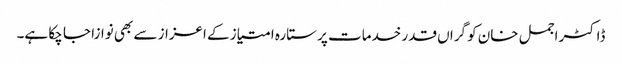
ڈاکٹر اجمل خان کو گراں قدر خدمات پر ستارہ امتیاز کے اعزاز سے بھی نوازا جا چکا ہے۔